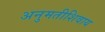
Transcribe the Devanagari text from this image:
अनुमतीशिवाय